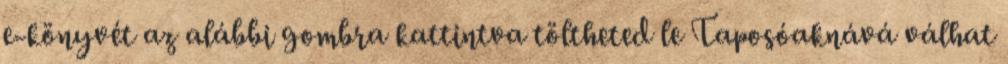
e-könyvét az alábbi gombra kattintva töltheted le Taposóaknává válhat